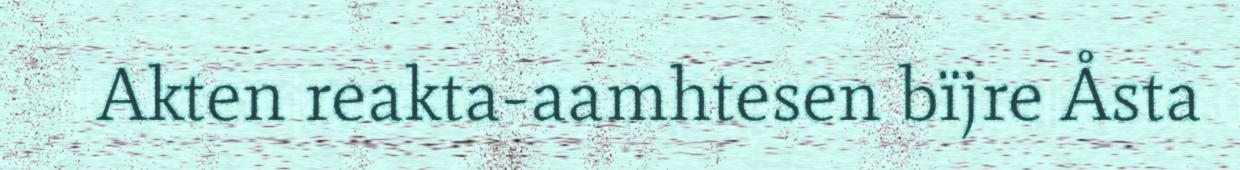
Akten reakta-aamhtesen bïjre Åsta